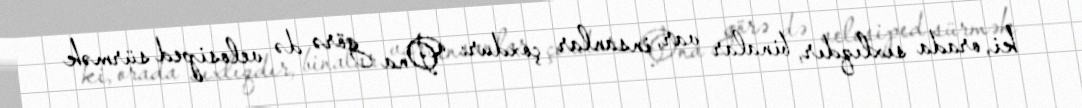
ki, orada sıxlıqdır, binalar var, insanlar çoxdur: “Ona görə də velosiped sürmək